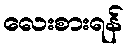
လေးစားရန်